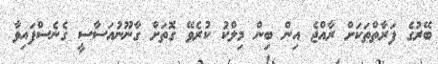
ބޭރުގެ ފަރާތްތަކަށް ރާއްޖެ އިން ބިން މިލްކު ކުރެވޭ ގޮތަށް ގާނޫނުއަސާސީ ގެނެސްފައިވާ